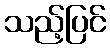
သည့်ပြင်